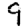
Digit: 9